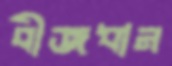
বীজধান